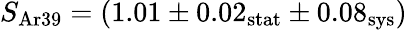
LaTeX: S_{\mathrm{Ar39}}=(1.01\pm 0.02_{\mathrm{stat}}\pm 0.08_{\mathrm{sys}})